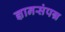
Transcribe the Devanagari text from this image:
ज्ञानसंपन्न